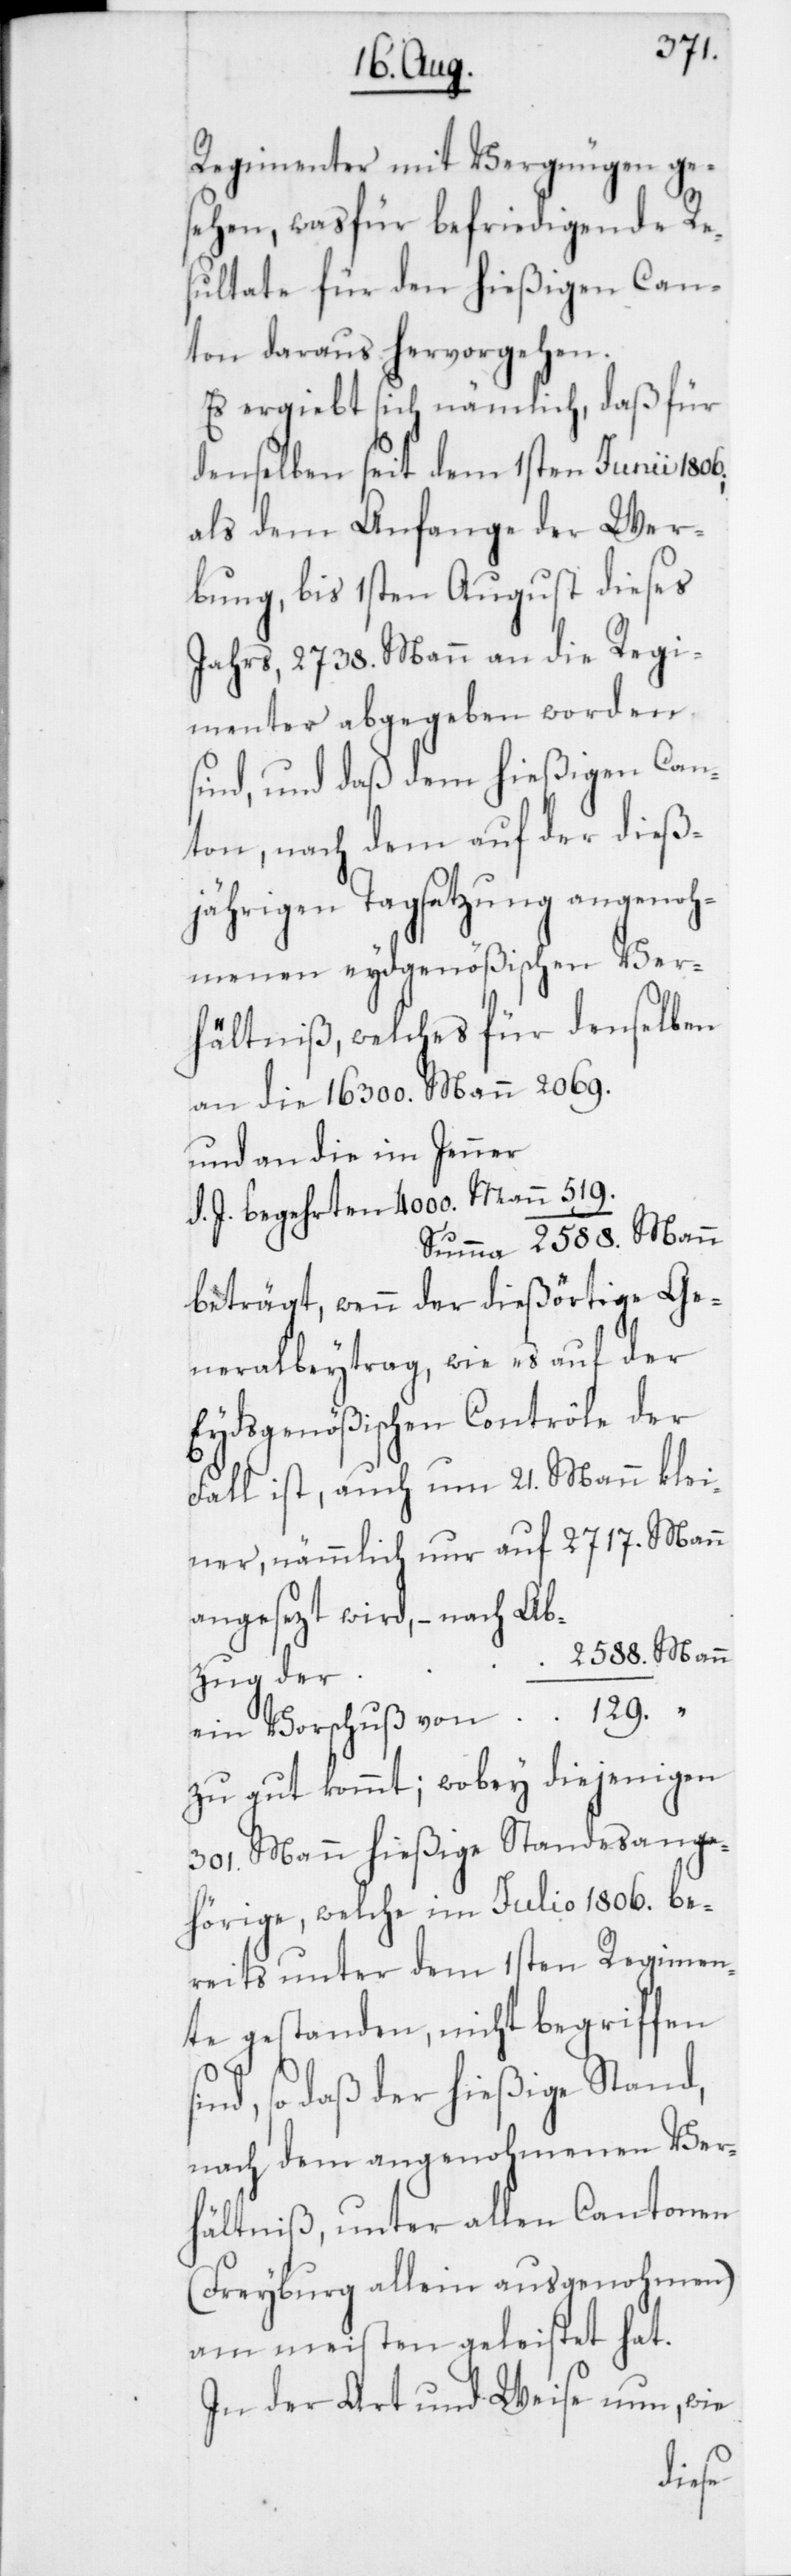
Regimenter mit Vergnügen ge¬
sehen, wasfür befriedigende Re¬
sultate für den hießigen Can¬
ton daraus hervorgehen.
Es ergiebt sich nämlich, daß für
denselben seit dem 1sten Junii 1806.,
als dem Anfange der Wer¬
bung, bis 1sten August dieses
Jahrs, 2738. Mann an die Regie¬
menter abgegeben worden
sind, und daß dem hießigen Can¬
ton, nach dem auf der dieß¬
jährigen Tagsatzung angenoh¬
menen eydgenößischen Ver¬
hältniß, welches für denselben
an die 16 300. Mann		2069.
und an die im Jenner
d. J. begehrten 4000. Mann	 519.
Summa	 2588. Mann
beträgt, wenn der dießörtige Ge¬
neralbeytrag, wie es auf der
Eydsgenößischen Contrôle der
Fall ist, auch um 21. Mann klei¬
ner, nämmlich nur auf		2717. Mann
angesezt wird, –
ein Vorschuß von		 129. “
zu gut kommt; wobey diejenigen
301. Mann hießige Standesange¬
hörige, welche im Julio 1806. be¬
reits unter dem 1sten Regimen¬
te gestanden, nicht begriffen
so daß der hießige Stand,
nach dem angenohmenen Ver¬
hältniß, unter allen Cantonen
(Freyburg allein ausgenohmen)
am meisten geleistet hat.
In der Art und Weise nun, wie